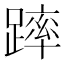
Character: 𨄮